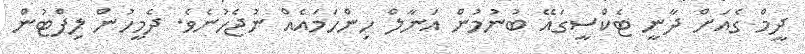
ދީމް ގެއަށް ދާނީ ޓެކްސީގައޭ ބުނުމުން އަނާލް ހިންހަމައެއް ނުޖެހުނެވެ. ދެމީހުން ލިފްޓުން